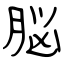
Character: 脳